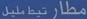
مطَارْ تَبِ